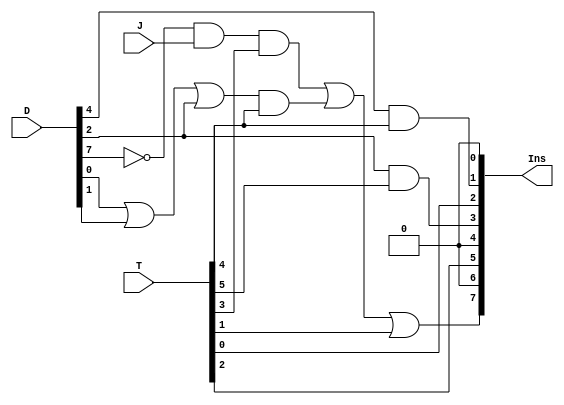
`timescale 1ns / 1ps
//////////////////////////////////////////////////////////////////////////////////
// Company: 
// Engineer: 
// 
// Design Name: 
// Module Name: BUS_ARCH
// Project Name: 
// Target Devices: 
// Tool Versions: 
// Description: 
// 
// Dependencies: 
// 
// Revision:
// Revision 0.01 - File Created
// Additional Comments:
// 
//////////////////////////////////////////////////////////////////////////////////


module BUS_ARCH(Ins, D, T, J);

	input  J;
	input [7:0] D;
	input [5:0] T;

	output [7:0] Ins;
wire D7n;
	assign D7n = ~D[7];
	wire B1 ,B2, B3,B4;
	
	assign B1 = D[4] & T[4];
	assign B2= D[2]& T[5];
	assign B3=  D7n & J & T[3];
	assign B4= ((D[0] | D[1] | D[2]) & T[4]);
	
	
	assign Ins[0] = 0;                                                                  //EMPTY_NONE
	assign Ins[1] = B1;                                                                //AR as source
	assign Ins[2] = T[0];                                                             //PC as source
	assign Ins[3] = B2;                                                              //DR as source
	assign Ins[4] = 0 ;                                                             //AC as source_EMPTY
	assign Ins[5] = T[2] ;                                                         //IR as source
    assign Ins[6] = 0;                                                        //TR as source            
    assign Ins[7] = B3 | B4 | T[1] ;                                             //M[AR] as source

endmodule